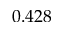
0 . 4 2 8